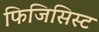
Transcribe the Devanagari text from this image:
फिजिसिस्ट